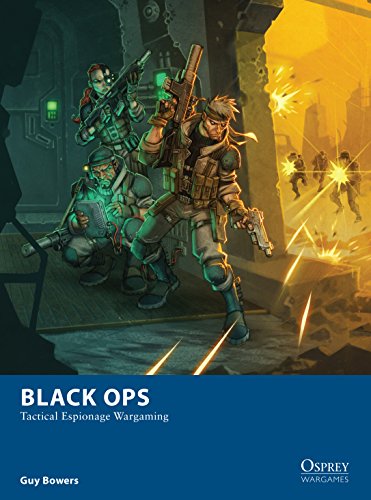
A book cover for Black Ops - Tactical Espionage Wargaming (Osprey Wargames); Guy Bowers; Science Fiction & Fantasy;